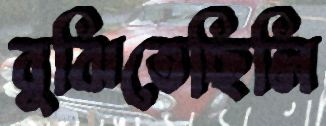
বুঝিতেছিলি